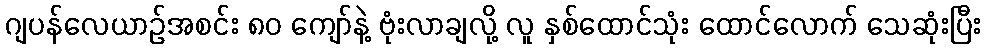
ဂျပန်လေယာဉ်အစင်း ၈၀ ကျော်နဲ့ ဗုံးလာချလို့ လူ နှစ်ထောင်သုံး ထောင်လောက် သေဆုံးပြီး